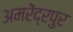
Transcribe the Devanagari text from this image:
अमरेंद्रपुर